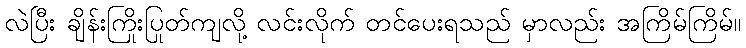
လဲပြီး ချိန်းကြိုးပြုတ်ကျလို့ လင်းလိုက် တင်ပေးရသည် မှာလည်း အကြိမ်ကြိမ်။